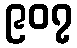
၉၀၇